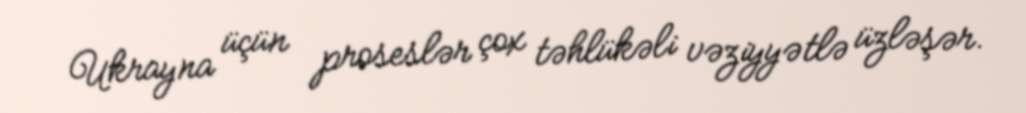
Ukrayna üçün proseslər çox təhlükəli vəziyyətlə üzləşər.